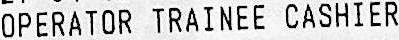
OPERATOR TRAINEE CASHIER